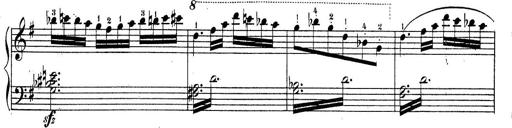
Title: Piano Sonatine No.2
Composer: Peter Piel
Key: G major